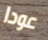
عودا